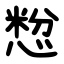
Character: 㥹